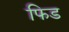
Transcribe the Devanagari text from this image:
फिड